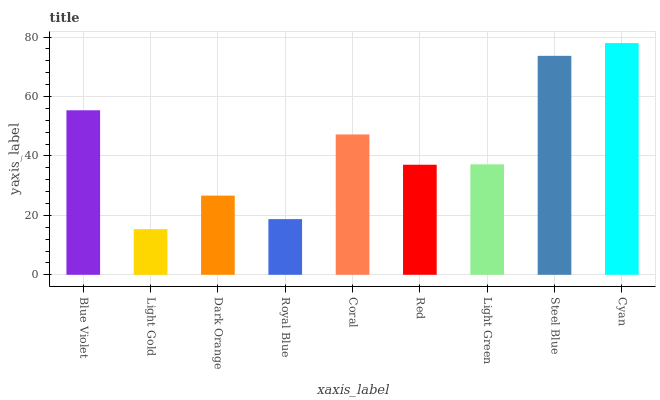
| xaxis_label | bars |
 | --- | --- |
 | Blue Violet | 55.4 |
 | Light Gold | 15.4 |
 | Dark Orange | 26.7 |
 | Royal Blue | 18.7 |
 | Coral | 47.2 |
 | Red | 37 |
 | Light Green | 37.2 |
 | Steel Blue | 73.7 |
 | Cyan | 78 |